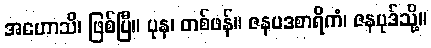
အဟောသိ၊ ဖြစ်ပြီ။ ပုန၊ တစ်ဖန်။ ဇနပဒစာရိကံ၊ ဇနပုဒ်သို့။